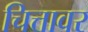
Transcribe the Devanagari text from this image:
चित्तावर